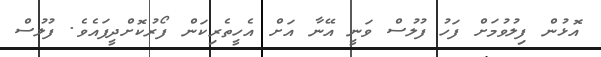
އޮޅުން ފިލުވުމަށް ފަހު ފުލުސް ވަނީ އޭނާ އަށް އެހީތެރިކަން ފޯރުކޮށްދީފައެވެ. ފުލުސް